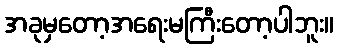
အခုမှတော့အရေးမကြီးတော့ပါဘူး။